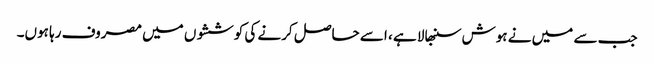
جب سے میں نے ہوش سنبھالا ہے ، اسے حاصل کرنے کی کوششوں میں مصروف رہا ہوں۔